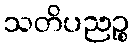
သတိပညဉ္စ